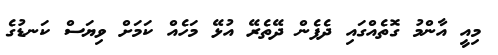
މިއީ އާންމު ގޮތެއްގައި ދެފެން ދޭތެރޭ އުޅޭ މަހެއް ކަމަށް ވިޔަސް ކަނޑުގެ